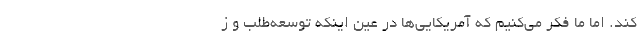
کند. اما ما فکر می‌کنیم که آمریکایی‌ها در عین اینکه توسعه‌طلب و ز